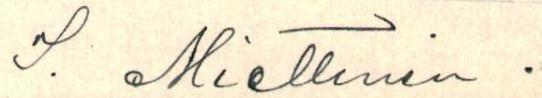
S. Miettinen.